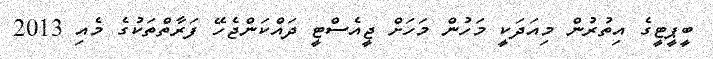
ބީޕީޓީގެ އިތުރުން މިއަދަކީ މަހުން މަހަށް ޖީއެސްޓީ ދައްކަންޖެހޭ ފަރާތްތަކުގެ މެއި 2013